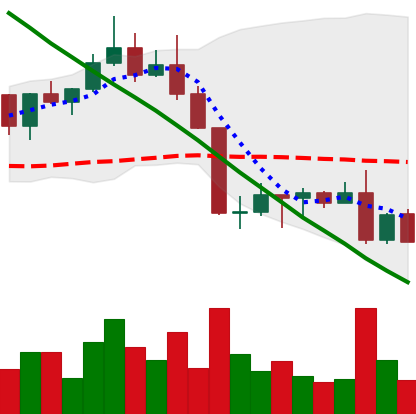
Ticker: ADA-USD
Chart end date: 2022-08-28
Forward return: 5.699%
Label: up_5_7